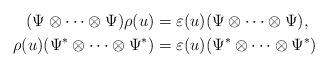
LaTeX: \begin{align*} (\Psi\otimes\cdots\otimes\Psi)\rho(u) &=\varepsilon(u)(\Psi\otimes\cdots\otimes\Psi), \\ \rho(u)(\Psi^*\otimes\cdots\otimes\Psi^*) &=\varepsilon(u)(\Psi^*\otimes\cdots \otimes\Psi^*) \end{align*}